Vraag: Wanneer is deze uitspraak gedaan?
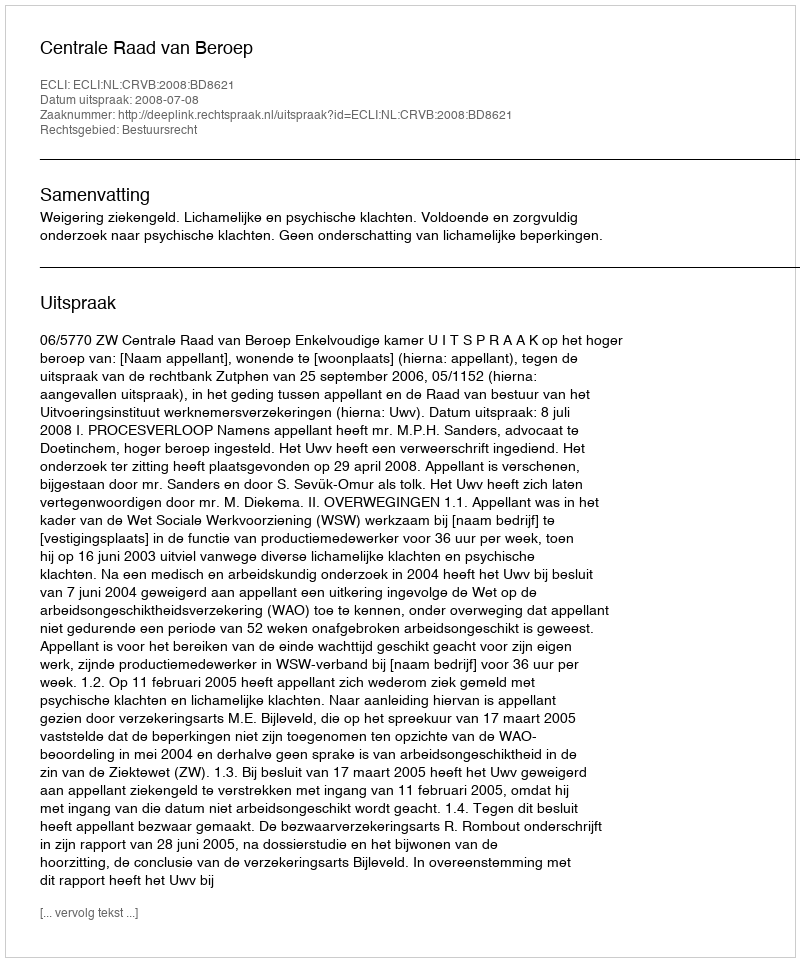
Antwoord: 2008-07-08